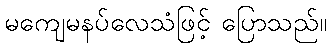
မကျေမနပ်လေသံဖြင့် ပြောသည်။